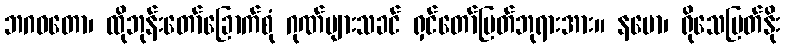
ဘဂဝတော၊ ထိုဘုန်းတော်ခြောက်စုံ ဂုဏ်များသခင် ရှင်တော်မြတ်ဘုရားအား။ နမော၊ ရိုသေမြတ်နိုး